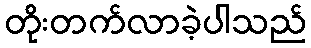
တိုးတက်လာခဲ့ပါသည်